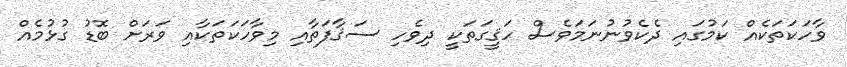
ވާހަކަތަކެއް ކަމުގައި ދެކެވުނުނަމަވެސް ހަޤީގަތަކީ ދިވެހި ސަޤާފަތާއި މިވާހަކަތަކާއި ވަރަށް ބޮޑު ގުޅުމެއް